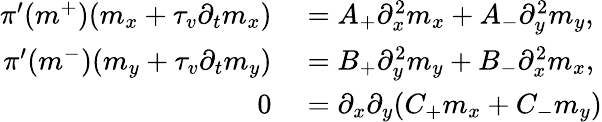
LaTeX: \begin{array}{rl}{\pi^{\prime}(m^{+})(m_{x}+\tau_{v}\partial_{t}m_{x})}&{{}=A_{+}\partial_{x}^{2}m_{x}+A_{-}\partial_{y}^{2}m_{y},}\\ {\pi^{\prime}(m^{-})(m_{y}+\tau_{v}\partial_{t}m_{y})}&{{}=B_{+}\partial_{y}^{2}m_{y}+B_{-}\partial_{x}^{2}m_{x},}\\ {0}&{{}=\partial_{x}\partial_{y}(C_{+}m_{x}+C_{-}m_{y})}\end{array}